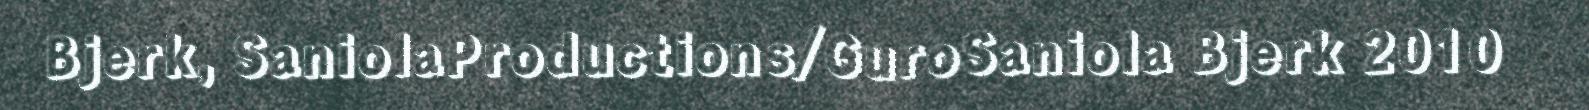
Bjerk, SaniolaProductions/GuroSaniola Bjerk 2010